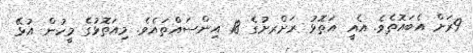
9ރަށް އެބައޮތެވެ. އެއީ އަތޮޅު ރަށްރށުގެ 18 އިންސައްތައެވެ. މިއަތޮޅުގެ މީހުން އުޅޭ